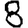
Digit: 8